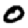
Digit: 0